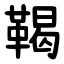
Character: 鞨